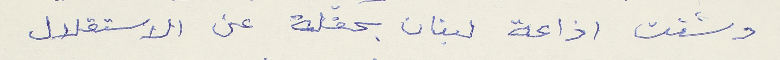
دشنت اذاعة لبنان بحفلة عن الاستقلال